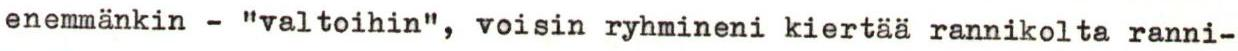
enemmänkin - "valtoihin", voisin ryhmineni kiertää rannikolta ranni-